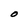
Character: O